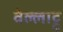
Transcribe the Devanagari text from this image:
वेल्लाट्टु